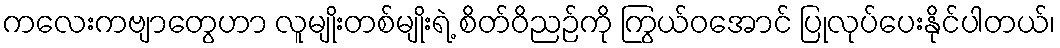
ကလေးကဗျာတွေဟာ လူမျိုးတစ်မျိုးရဲ့ စိတ်ဝိညဉ်ကို ကြွယ်ဝအောင် ပြုလုပ်ပေးနိုင်ပါတယ်၊